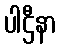
ပါဌီနာ